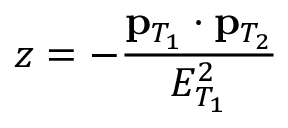
z = - \frac { { \bf p } _ { T _ { 1 } } \cdot { \bf p } _ { T _ { 2 } } } { E _ { T _ { 1 } } ^ { 2 } }